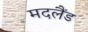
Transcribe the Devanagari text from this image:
मदलैंड